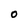
Character: O